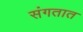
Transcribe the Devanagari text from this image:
संगतात